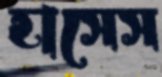
হাসেস